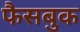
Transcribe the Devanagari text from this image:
फैसबुक